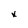
Character: x